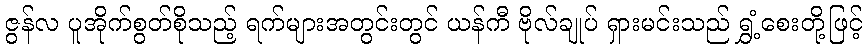
ဇွန်လ ပူအိုက်စွတ်စိုသည့် ရက်များအတွင်းတွင် ယန်ကီ ဗိုလ်ချုပ် ရှားမင်းသည် ရွှံ့စေးတို့ဖြင့်